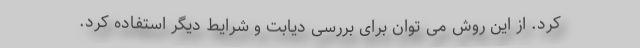
کرد. از این روش می توان برای بررسی دیابت و شرایط دیگر استفاده کرد.